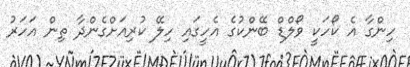
ހިންގާ އެ ކޯހަކީ ވޯލްޑް ބޭންކުގެ އެހީގައި ހިލޭ ކުރިއަށްގެންދާ ތިން އަހަރު